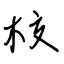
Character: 校